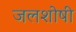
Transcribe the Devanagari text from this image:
जलशोषी